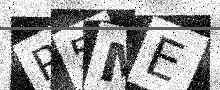
Text: P5ME